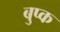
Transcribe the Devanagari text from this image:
बुप्क